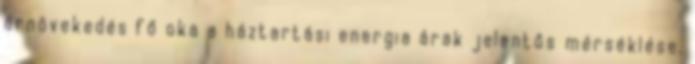
árnövekedés fő oka a háztartási energia árak jelentős mérséklése.